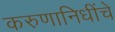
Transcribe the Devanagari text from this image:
करुणानिधींचे